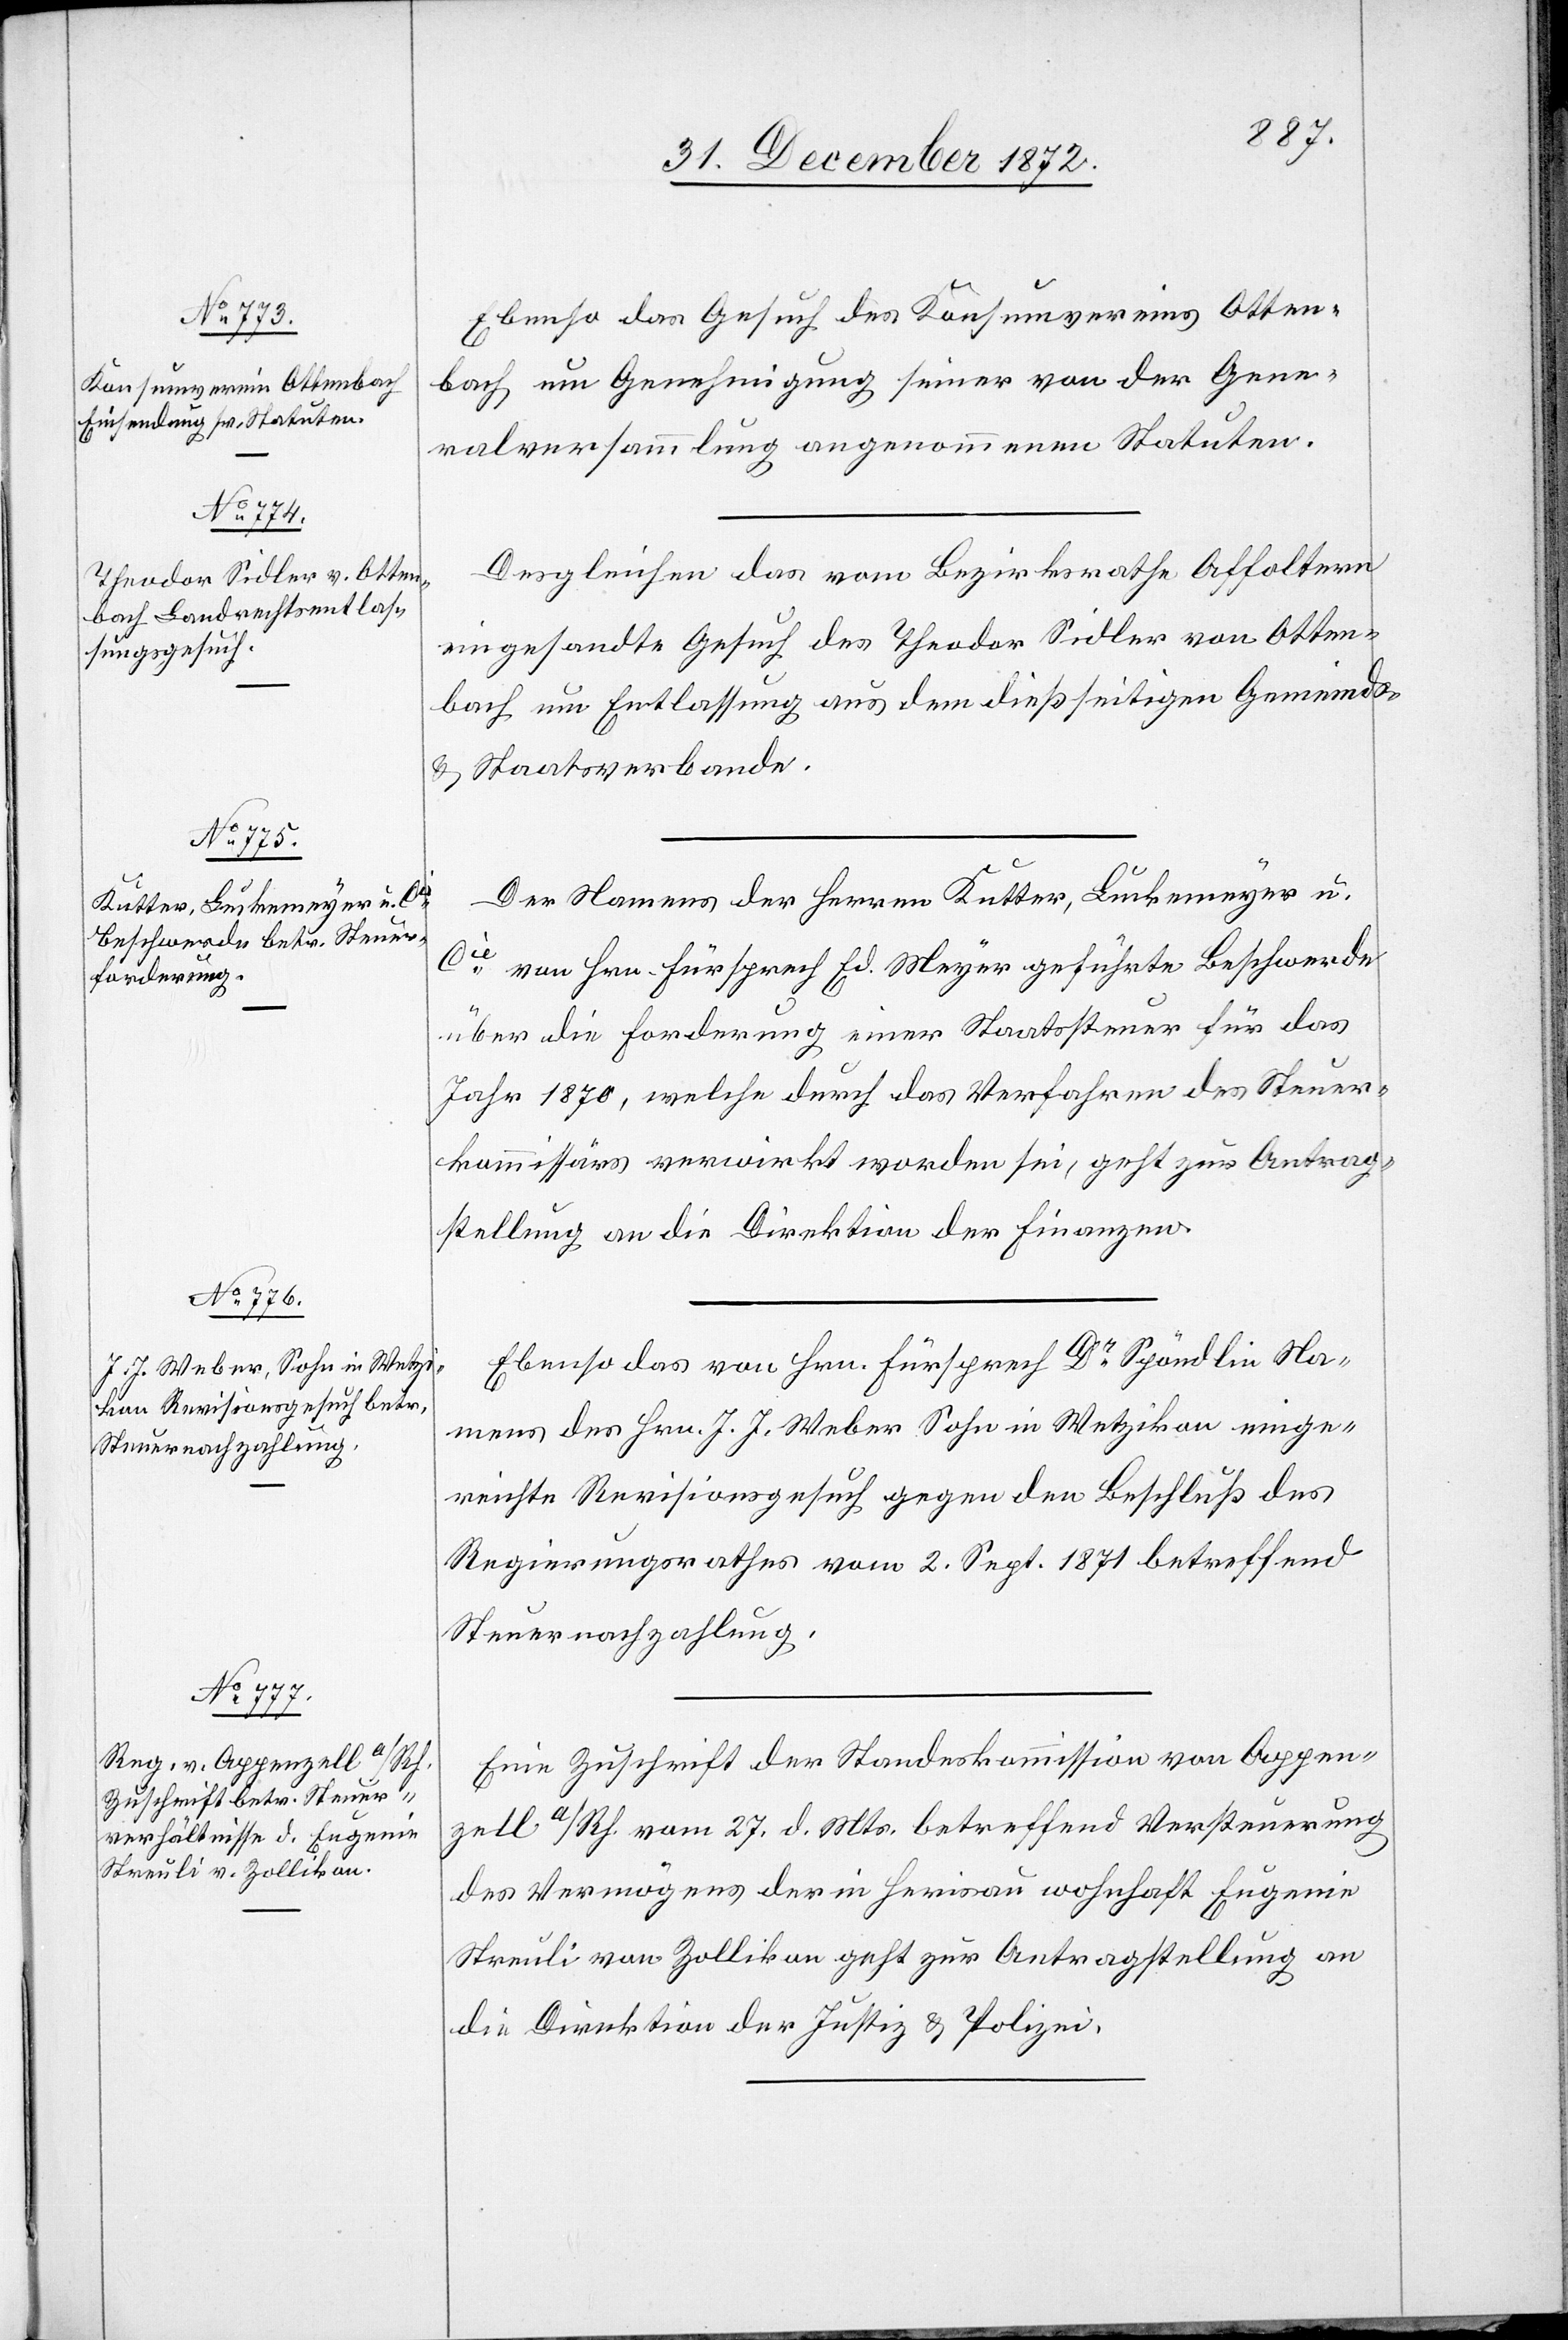
31. December 1872.]
Ebenso das Gesuch des Konsumvereins Otten¬
bach um Genehmigung seiner von der Gene¬
ralversammlung angenommenen Statuten.
Desgleichen das vom Bezirksrathe Affoltern
eingesandte Gesuch des Theodor Sidler von Otten¬
bach um Entlassung aus dem dießseitigen Gemeinds-
u. Staatsverbande.
Der Namens der Herren Kutter, Luckenmeyer u.
Cie von Hrn. Fürsprech Ed. Meyer geführte Beschwerde
über die Forderung einer Staatssteuer für das
Jahr 1870, welche durch das Verfahren des Steuer¬
kommissärs verwirkt worden sei, geht zur Antrag¬
stellung an die Direktion der Finanzen.
Ebenso das von Hrn. Fürsprech Dr Spöndlin Na¬
mens des Hrn. J. J. Weber Sohn in Wetzikon einge¬
reichte Revisionsgesuch gegen den Beschluß des
Regierungsrathes vom 2. Sept. 1871 betreffend
Steuernachzahlung.
Eine Zuschrift der Standeskommission von Appen¬
zell a/Rh. vom 27. d. Mts. betreffend Versteuerung
des Vermögens der in Herisau wohnhaft Eugenie
Streuli von Zollikon geht zur Antragstellung an
die Direktion der Justiz u. Polizei.